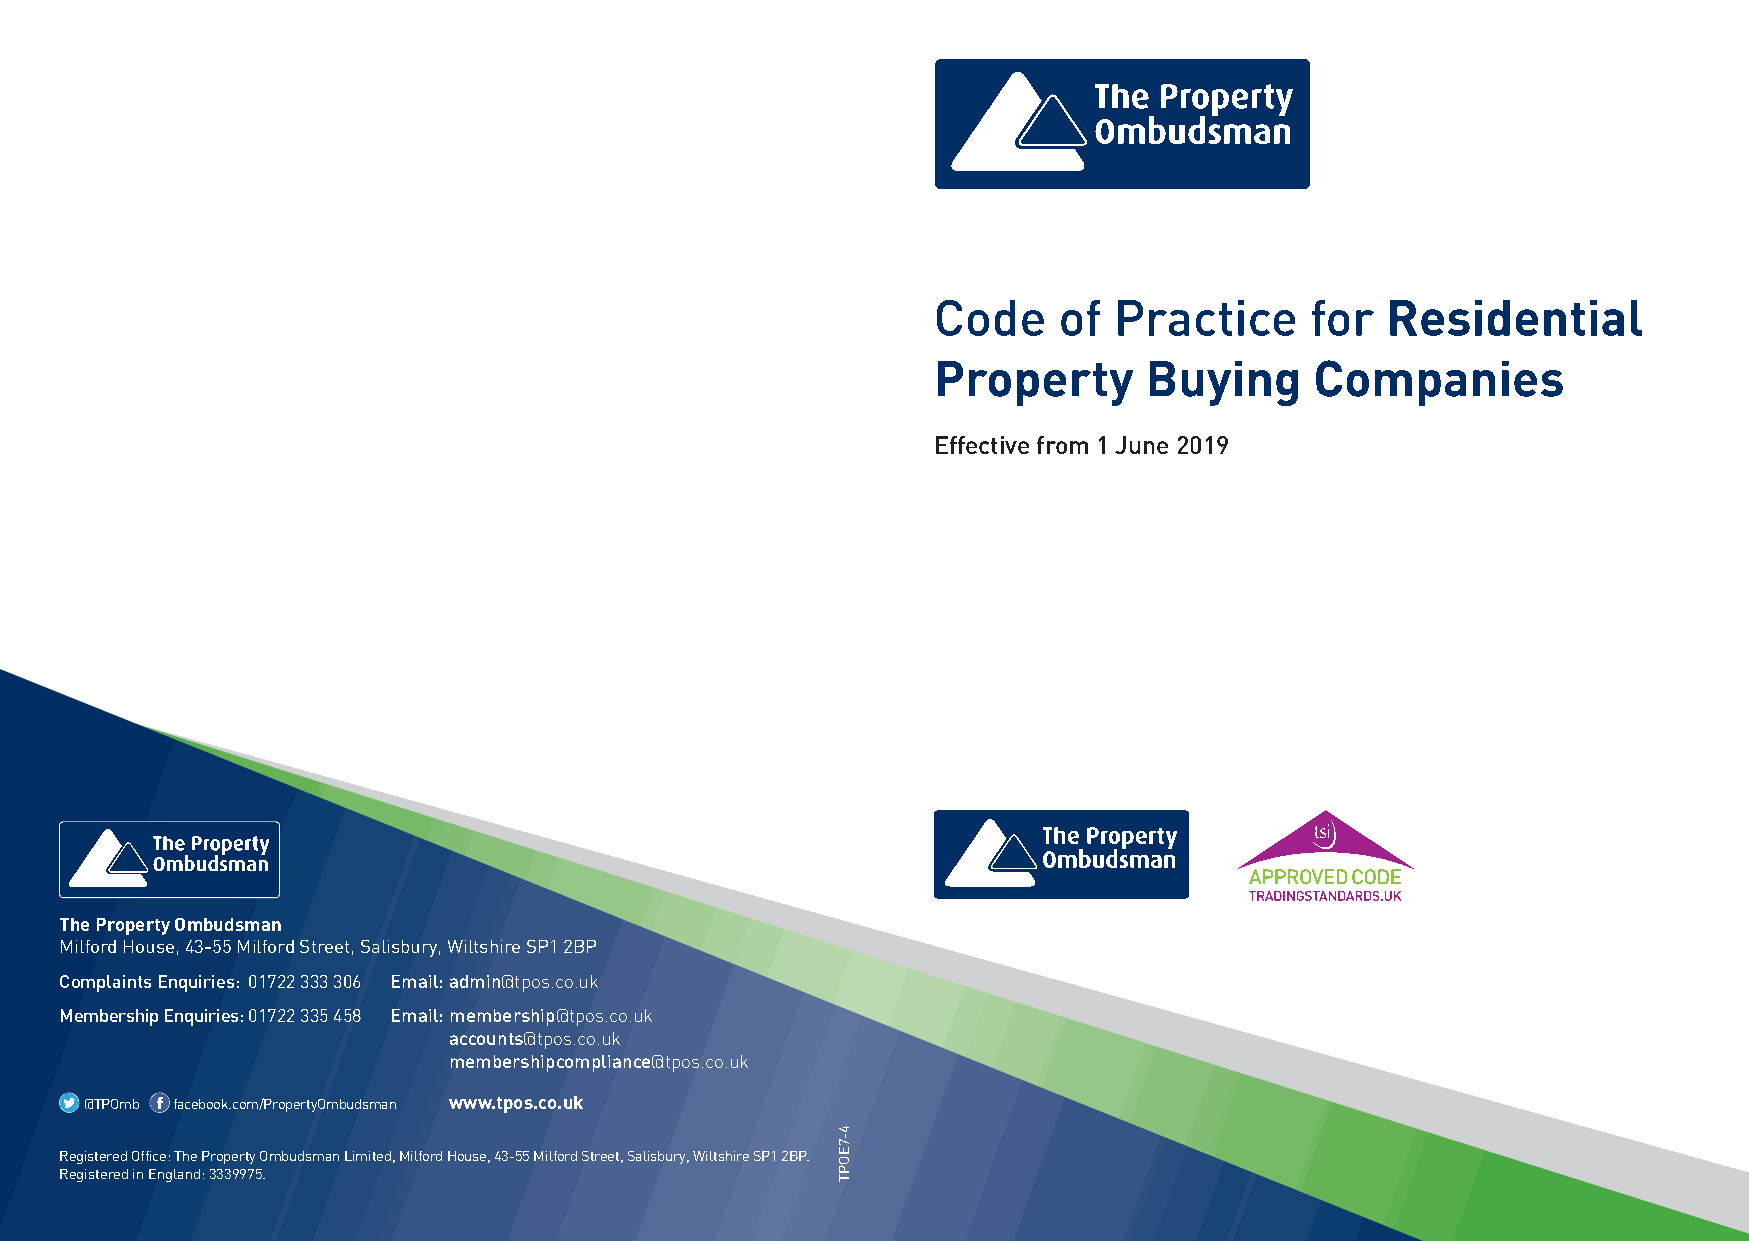
Code    of  Practice     for  Residential
 Property      Buying     Companies
 Effective from 1 June 2019
 The Property Ombudsman
 Milford House, 43-55 Milford Street, Salisbury, Wiltshire SP1 2BP
 Complaints Enquiries: 01722 333 306 Email:admin@tpos.co.uk
 Membership Enquiries:01722 335 458 Email:membership@tpos.co.uk
 accounts@tpos.co.uk
 membershipcompliance@tpos.co.uk
 @TPOmb facebook.com/PropertyOmbudsman www.tpos.co.uk
 Registered Office: The Property Ombudsman Limited, Milford House, 43-55 Milford Street, Salisbury, Wiltshire SP1 2BP.
 Registered in England: 3339975.
 4-7EOPT